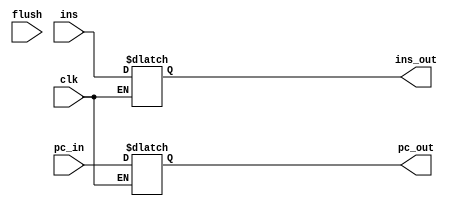
`timescale 1ns / 1ps
//////////////////////////////////////////////////////////////////////////////////
// Company: 
// Engineer: 
// 
// Design Name: 
// Module Name:    IF_ID 
// Project Name: 
// Target Devices: 
// Tool versions: 
// Description: 
//
// Dependencies: 
//
// Revision: 
// Revision 0.01 - File Created
// Additional Comments: 
//
//////////////////////////////////////////////////////////////////////////////////
module IF_ID(flush,pc_in,clk,ins,ins_out,pc_out);
input clk,flush;
input [31:0] ins,pc_in;
output reg [31:0] ins_out,pc_out;

always@(clk)
begin
	if(clk)
	begin 
		if(flush)	// if branch is taken then data will be flush out from latch
		begin
				ins_out = 32'bx;
				pc_out = 32'bx;
		end
		else
		begin
			ins_out <= ins;	
			pc_out <= pc_in;
		end
	end
end

endmodule